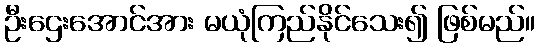
ဦးဌေးအောင်အား မယုံကြည်နိုင်သေး၍ ဖြစ်မည်။